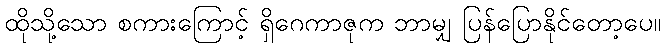
ထိုသို့သော စကားကြောင့် ရှိဂေကာဇုက ဘာမျှ ပြန်ပြောနိုင်တော့ပေ။